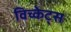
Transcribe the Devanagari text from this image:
विच्केट्स